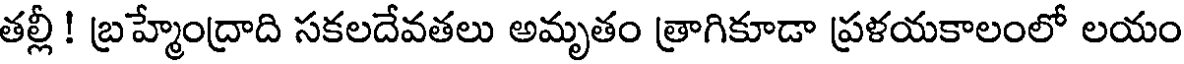
తల్లీ ! బ్రహ్మేంద్రాది సకలదేవతలు అమృతం త్రాగికూడా ప్రళయకాలంలో లయం